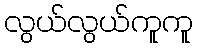
လွယ်လွယ်ကူကူ